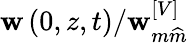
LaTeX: \mathbf{w}\left(0,z,t\right)/\mathbf{w}_{m\widehat{{m}}}^{\left[V\right]}